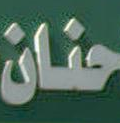
حنان